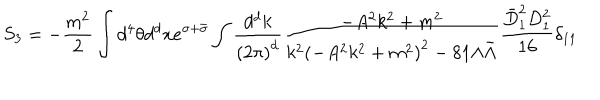
S _ { 3 } = - \frac { m ^ { 2 } } { 2 } \int d ^ { 4 } \theta d ^ { d } x e ^ { \sigma + \bar { \sigma } } \int \frac { d ^ { d } k } { { ( 2 \pi ) } ^ { d } } \frac { - A ^ { 2 } k ^ { 2 } + m ^ { 2 } } { k ^ { 2 } { ( - A ^ { 2 } k ^ { 2 } + m ^ { 2 } ) } ^ { 2 } - 8 1 \Lambda \bar { \Lambda } } \frac { \bar { D } _ { 1 } ^ { 2 } D _ { 1 } ^ { 2 } } { 1 6 } \delta _ { 1 1 }